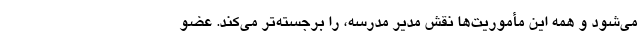
می‌شود و همه این مأموریت‌ها نقش مدیر مدرسه، را برجسته‌تر می‌کند. عضو